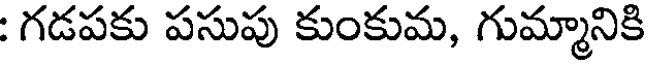
: గడపకు పసుపు కుంకుమ, గుమ్మానికి